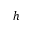
h